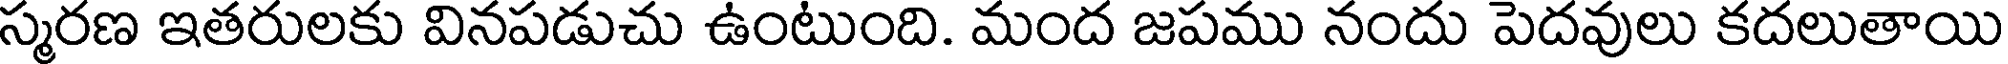
స్మరణ ఇతరులకు వినపడుచు ఉంటుంది. మంద జపము నందు పెదవులు కదలుతాయి